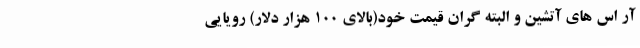
آر اس های آتشین و البته گران قیمت خود(بالای 100 هزار دلار) رویایی